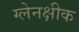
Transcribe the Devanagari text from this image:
ग्लेनक्षीक